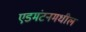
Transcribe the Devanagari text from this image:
एडमंटनमधील